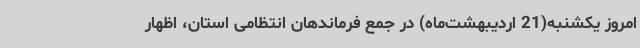
امروز یکشنبه(21 اردیبهشت‌ماه) در جمع فرماندهان انتظامی استان، اظهار